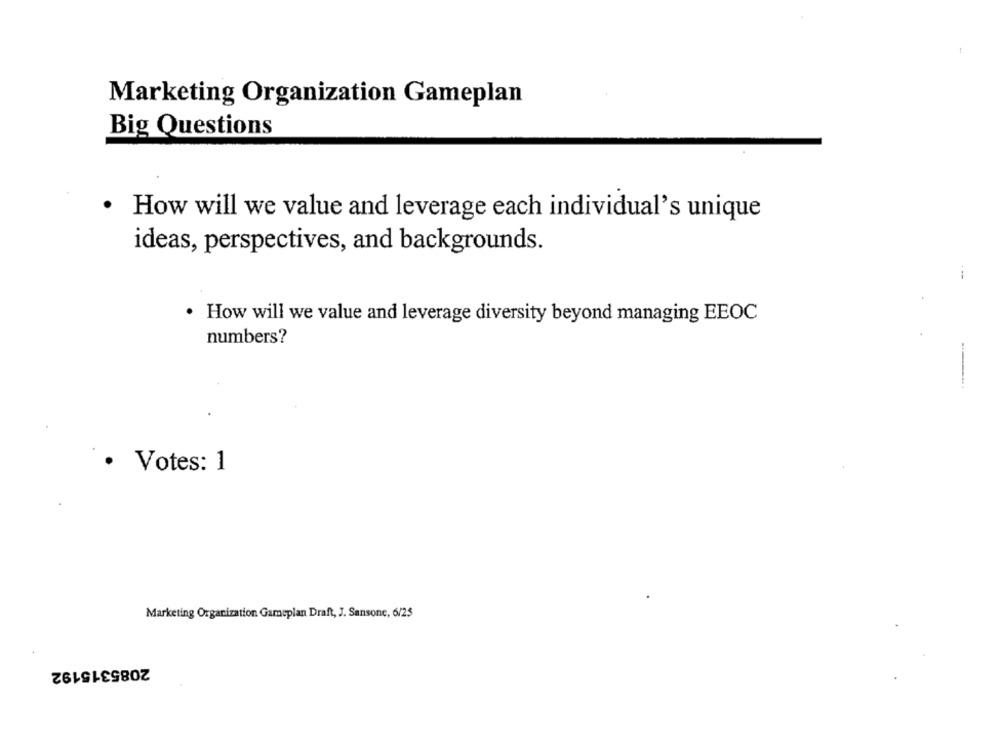
Marketing Organization Gameplan
Big Questions
How will we value and leverage each individual's unique
ideas, perspectives, and backgrounds.
--
· How will we value and leverage diversity beyond managing EEOC
numbers?
-
· Votes: 1
Marketing Organization Gameplan Draft, J. Sansone, 6/25
2085315192